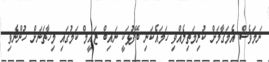
ނަމަވެސް އެމަޤާމަށް ކުރިމަތިލެއްވި ހަމައެކަނި ބޭފުޅަކީ ނައިބް ޒައީމް ކަމުގައި މިހާތަނަށް ހުންނެވި